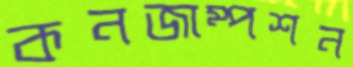
কনজাম্পশন